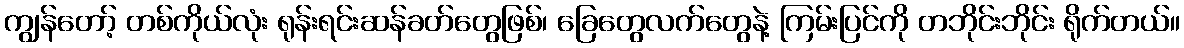
ကျွန်တော့် တစ်ကိုယ်လုံး ရုန်းရင်းဆန်ခတ်တွေဖြစ်၊ ခြေတွေလက်တွေနဲ့ ကြမ်းပြင်ကို တဘိုင်းဘိုင်း ရိုက်တယ်။